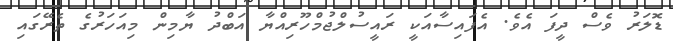
ޑޮލަރު ވެސް ދީފަ އެވެ. އެފައިސާއަކީ ރައީސުލްޖުމްހޫރިއްޔާ އަބްދު ޔާމިން މިއަހަރުގެ ތެރޭގައި